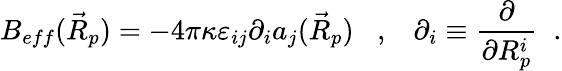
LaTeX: B_{eff}(\vec{R}_{p})=-4\pi\kappa\varepsilon_{ij}\partial_{i}a_{j}(\vec{R}_{p})\; \; \; ,\; \; \; \partial_{i}\equiv\frac{\partial}{\partial R_{p}^{i}}\; \; .